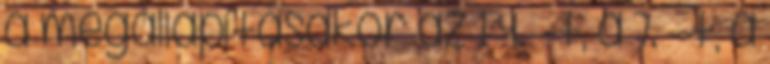
a megállapításakor az 1–4. §-t, a 7. §-t, a